Scottish Certificate of Education, 1963
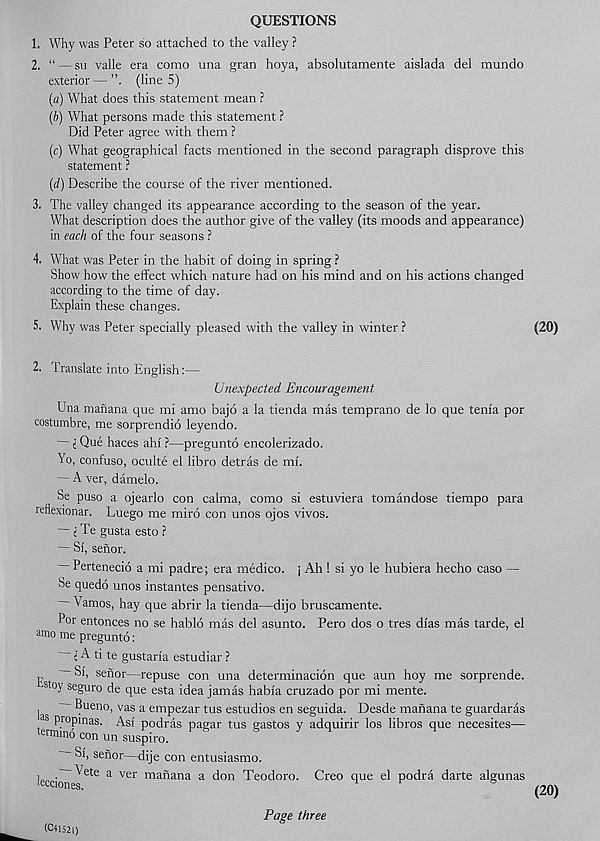
QUESTIONS
1. Why was Peter so attached to the valley ?
2. “ — su valle era como una gran hoya, absolutamente aislada del mundo
exterior—(Iine5)
(a) What does this statement mean ?
(&) What persons made this statement ?
Did Peter agree with them ?
(c) What geographical facts mentioned in the second paragraph disprove this
statement ?
(d) Describe the course of the river mentioned.
3. The valley changed its appearance according to the season of the year.
What description does the author give of the valley (its moods and appearance)
in each of the four seasons ?
4, What was Peter in the habit of doing in spring ?
Show how the effect which nature had on his mind and on his actions changed
according to the time of day.
Explain these changes.
5. Why was Peter specially pleased with the valley in winter ?
(20)
2. Translate into English:—
Unexpected Encouragement
Una manana que mi amo bajo a la tienda mas temprano de lo que tenia por
costumbre, me sorprendio leyendo.
— i Que haces ahi ?—pregunto encolerizado.
Yo, confuso, oculte el libro detras de mi.
— A ver, damelo.
Se puso a ojearlo con calma, como si estuviera tomandose tiempo para
reflexionar. Luego me miro con unos ojos vivos.
— e Te gusta esto ?
— Si, sefior.
Pertenecio a mi padre; era medico, j Ah ! si yo le hubiera hecho caso —
Se quedo unos instantes pensativo.
Vamos, hay que abrir la tienda—dijo bruscamente.
Por entonces no se hablo mas del asunto. Pero dos o tres dias mas tarde, el
amo me pregunto:
j A ti te gustaria estudiar ?
Si, senor—repuse con una determinacion que aun hoy me sorprende.
' s oy seguro de que esta idea jamas habia cruzado por mi mente.
Bueno, vas a empezar tus estudios en seguida. Desde manana te guardaras
propinas. Asi podras pagar tus gastos y adquirir los libros que necesites—
rermmo con un suspiro.
Si, senor—dije con entusiasmo.
le ccio7 V * e a V6r ma°ana a d°n Teodoro. Creo que el podra darte algunas
(20)
(C4152I)
Page three